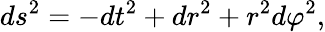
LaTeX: ds^{2}=-dt^{2}+dr^{2}+r^{2}d\varphi^{2},